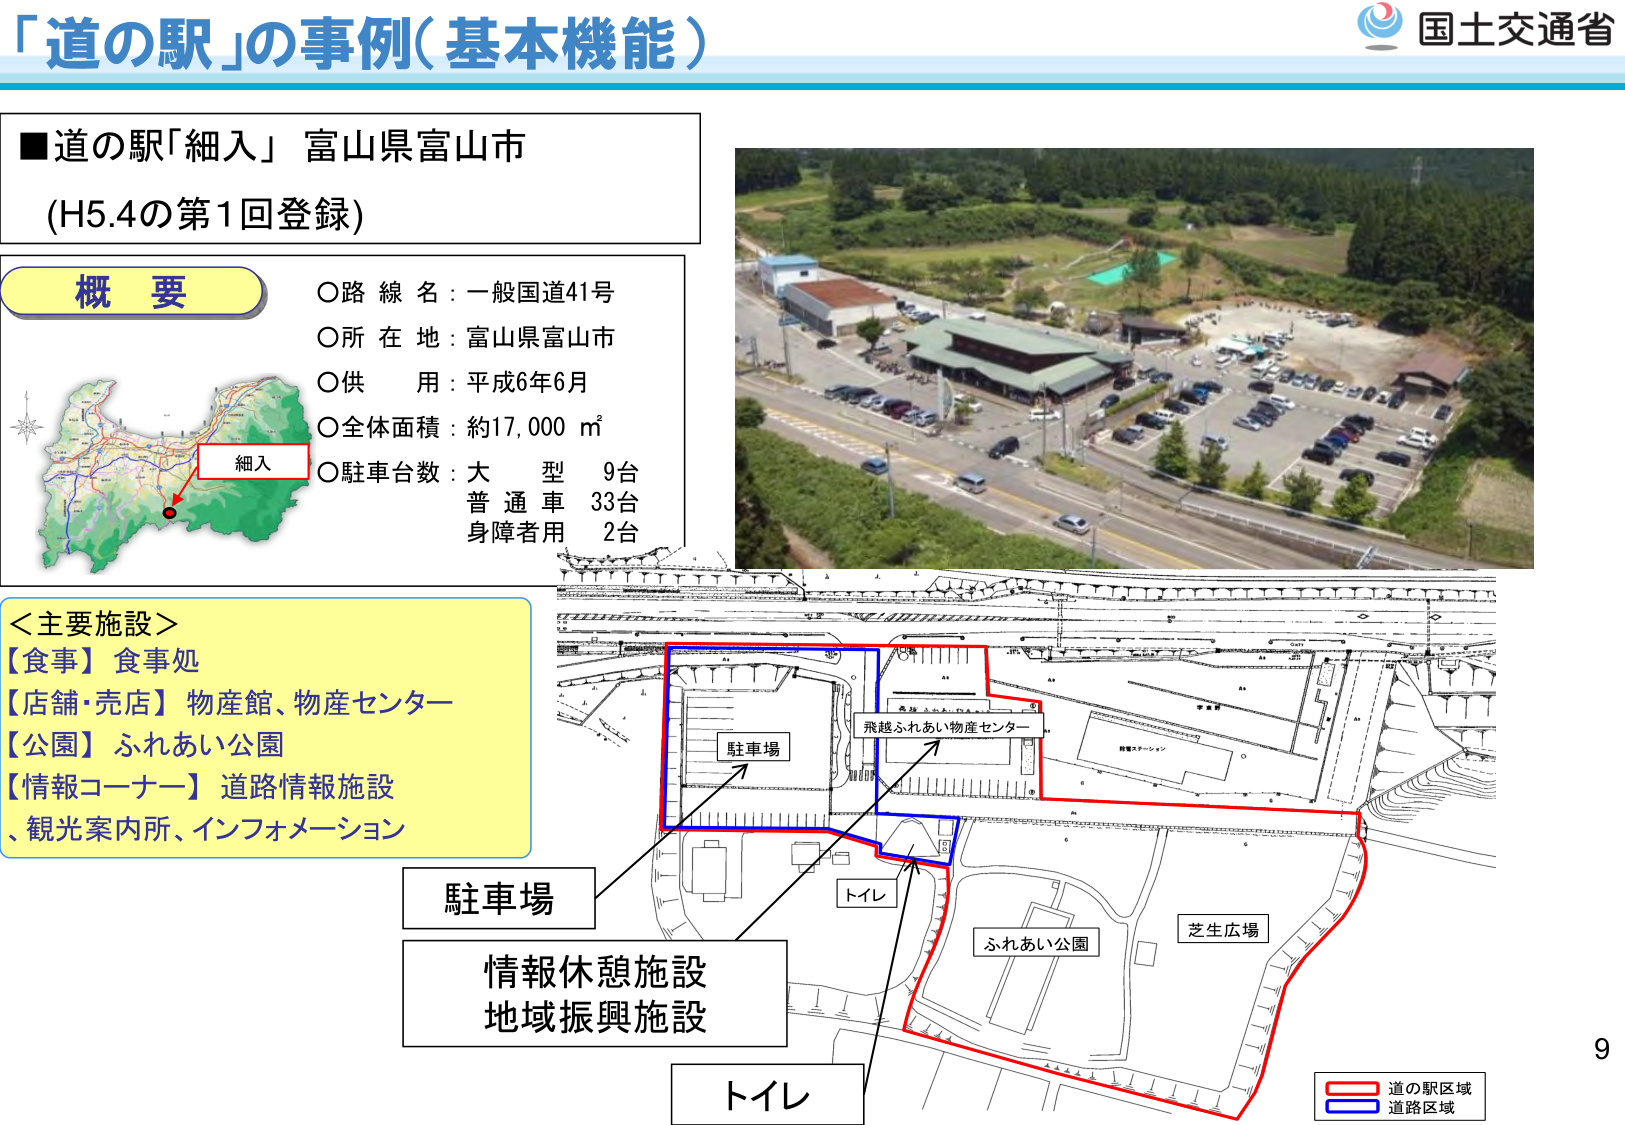
「道の駅」の事例（基本機能）

■道の駅「細入」 富山県富山市
（H5.4の第1回登録）

概要
○路線名：一般国道41号
○所在地：富山県富山市
○供用：平成6年6月
○全体面積：約17,000 ㎡
○駐車台数：大型 9台
　　　　　　普通車 33台
　　　　　　身障者用 2台

＜主要施設＞
【食事】食事処
【店舗・売店】物産館、物産センター
【公園】ふれあい公園
【情報コーナー】道路情報施設
　　　　　　、観光案内所、インフォメーション

駐車場
情報休憩施設
地域振興施設
トイレ

飛越ふれあい物産センター
駐車場
トイレ
ふれあい公園
芝生広場

道の駅区域
道路区域

国土交通省
9
細入